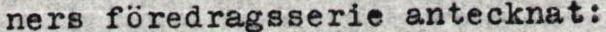
ners föredragsserie antecknat: